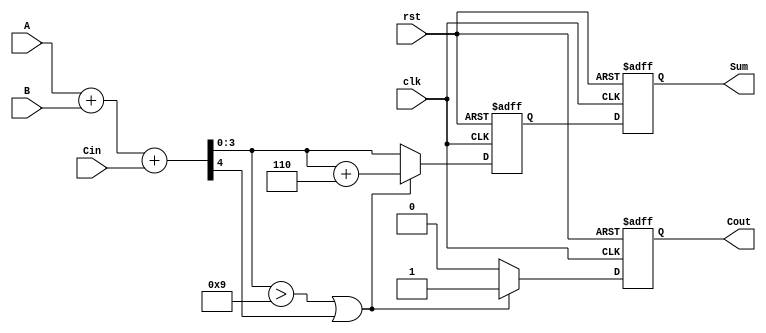
module BCD_Pipelined_Adder (
    input clk,
    input rst,
    input [3:0] A,        // BCD digit A
    input [3:0] B,        // BCD digit B
    input Cin,            // Carry in
    output reg [3:0] Sum, // Corrected BCD sum
    output reg Cout       // Carry out
);

    // Intermediate signals
    reg [4:0] raw_sum;    // Raw sum (5 bits to accommodate overflow)
    reg [4:0] corrected_sum; // Corrected sum after BCD correction
    reg carry_out;        // Carry out after correction

    // Pipeline registers
    reg [4:0] raw_sum_reg;        // Register to hold raw sum
    reg [4:0] corrected_sum_reg;  // Register to hold corrected sum
    
    // Combinational logic for binary addition
    always @(*) begin
        raw_sum = A + B + Cin; // Compute raw sum
    end

    // BCD Correction Logic
    always @(*) begin
        if (raw_sum[3:0] > 4'b1001 || raw_sum[4]) begin // Check if invalid BCD
            corrected_sum = raw_sum + 5'b00110; // Add 6 to correct
            carry_out = 1'b1; // Set carry out
        end else begin
            corrected_sum = raw_sum; // No correction needed
            carry_out = 1'b0; // No carry out
        end
    end

    // Pipelining stages
    always @(posedge clk or posedge rst) begin
        if (rst) begin
            raw_sum_reg <= 5'b0;
            corrected_sum_reg <= 5'b0;
            Sum <= 4'b0;
            Cout <= 1'b0;
        end else begin
            // Stage 1: Latch raw sum
            raw_sum_reg <= raw_sum;

            // Stage 2: Latch corrected sum
            corrected_sum_reg <= corrected_sum;

            // Stage 3: Output final results
            Sum <= corrected_sum_reg[3:0];
            Cout <= carry_out;
        end
    end

endmodule